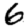
Digit: 6